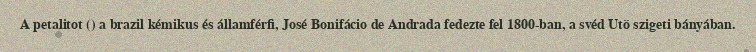
A petalitot () a brazil kémikus és államférfi, José Bonifácio de Andrada fedezte fel 1800-ban, a svéd Utö szigeti bányában.